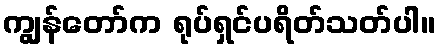
ကျွန်တော်က ရုပ်ရှင်ပရိတ်သတ်ပါ။